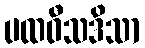
ပထဝီသဒိသာ